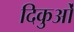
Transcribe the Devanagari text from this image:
दिकुओं